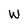
Character: W